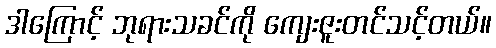
ဒါကြောင့် ဘုရားသခင်ကို ကျေးဇူးတင်သင့်တယ်။